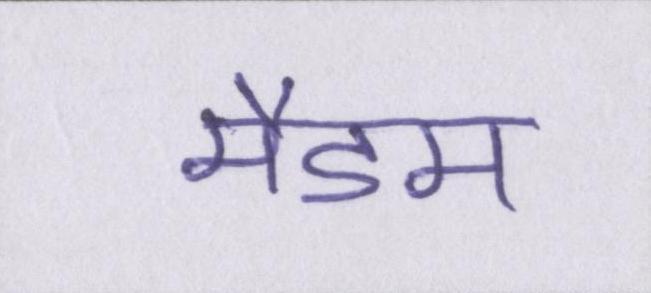
मैडम